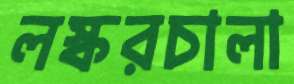
লস্করচালা